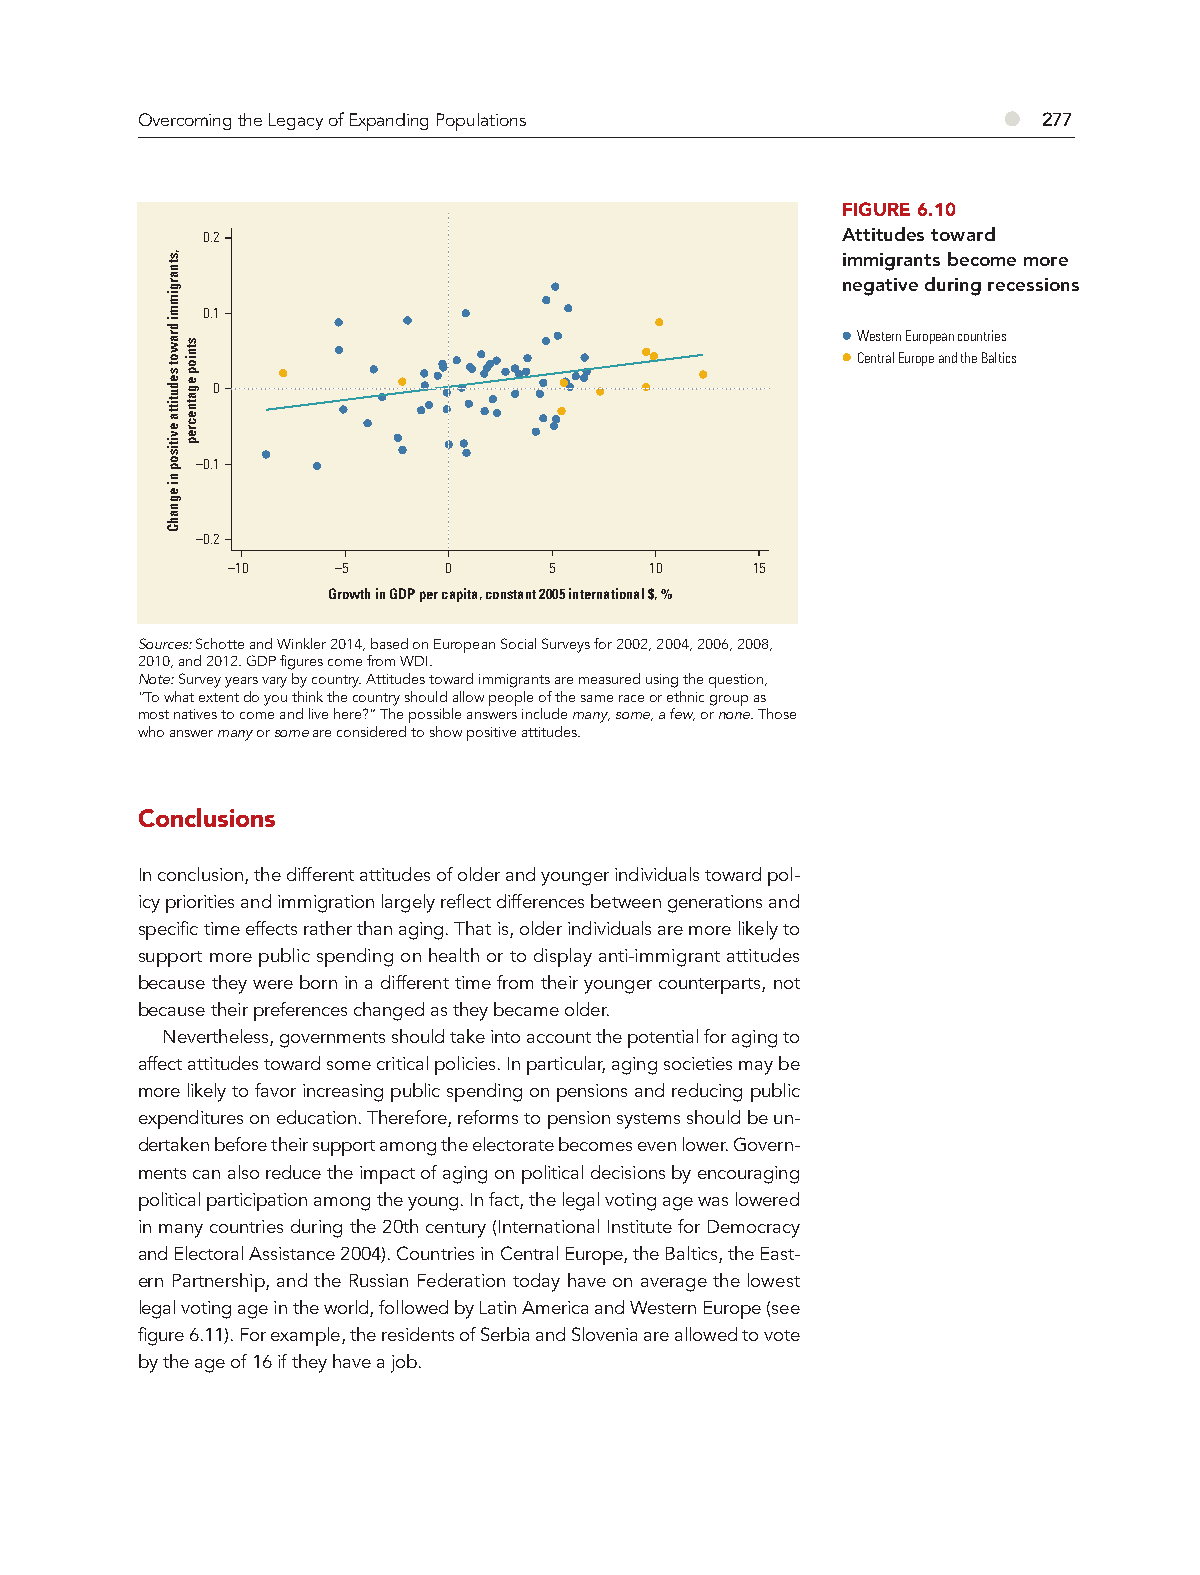
Overcoming the Legacy of Expanding Populations           ●  277
 FIGURE 6.10
 0.2                                        Attitudes toward
 immigrants become more
 negative during recessions
 0.1
 Western European countries
 Central Europe and the Baltics
 0
 –0.1
 –0.2
 –10    –5     0      5      10     15
 Growth in GDP per capita, constant 2005 international $, %
 Sources: Schotte and Winkler 2014, based on European Social Surveys for 2002, 2004, 2006, 2008,
 2010, and 2012. GDP figures come from WDI.
 Note: Survey years vary by country. Attitudes toward immigrants are measured using the question,
 “To what extent do you think the country should allow people of the same race or ethnic group as
 most natives to come and live here?” The possible answers include many, some, a few, or none. Those
 who answer many or some are considered to show positive attitudes.
 Conclusions
 In conclusion, the different attitudes of older and younger individuals toward pol-
 icy priorities and immigration largely reflect differences between generations and
 specific time effects rather than aging. That is, older individuals are more likely to
 support more public spending on health or to display anti-immigrant attitudes
 because they were born in a different time from their younger counterparts, not
 because their preferences changed as they became older.
 Nevertheless, governments should take into account the potential for aging to
 affect attitudes toward some critical policies. In particular, aging societies may be
 more likely to favor increasing public spending on pensions and reducing public
 expenditures on education. Therefore, reforms to pension systems should be un-
 dertaken before their support among the electorate becomes even lower. Govern-
 ments can also reduce the impact of aging on political decisions by encouraging
 political participation among the young. In fact, the legal voting age was lowered
 in many countries during the 20th century (International Institute for Democracy
 and Electoral Assistance 2004). Countries in Central Europe, the Baltics, the East-
 ern Partnership, and the Russian Federation today have on average the lowest
 legal voting age in the world, followed by Latin America and Western Europe (see
 figure 6.11). For example, the residents of Serbia and Slovenia are allowed to vote
 by the age of 16 if they have a job.
 ,stnargimmi
 drawot
 sedutitta
 evitisop
 ni
 egnahC
 stniop
 egatnecrep